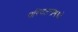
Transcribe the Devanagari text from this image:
परिवलनामध्ये